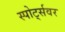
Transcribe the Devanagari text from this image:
स्पोर्ट्सवर